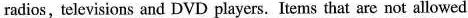
radios, televisions and DVD players. Items that are not allowed